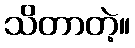
သိတာတဲ့။